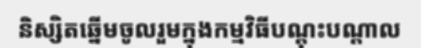
និស្សិតឆ្នើមចូលរួមក្នុងកម្មវិធីបណ្តុះបណ្តាល